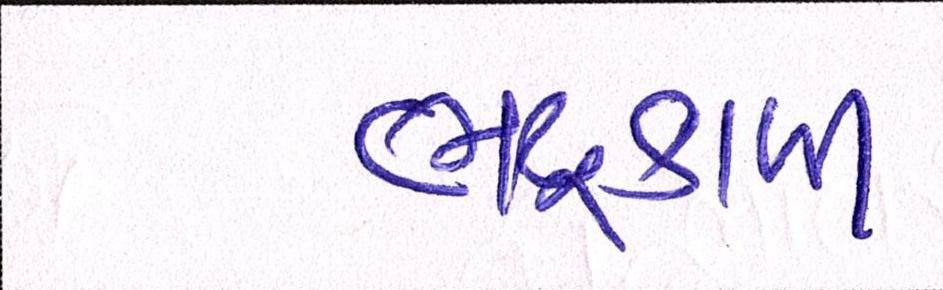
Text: ભદ્રકાળી